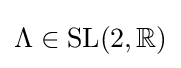
\Lambda \in {\text{SL}}(2,\mathbb {R} )